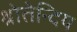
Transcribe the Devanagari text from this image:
श्रोतेन्दिय